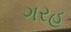
ગરહ